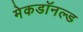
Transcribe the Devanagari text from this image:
मेकडॉनल्ड